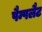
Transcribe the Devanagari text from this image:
पैम्पलैट